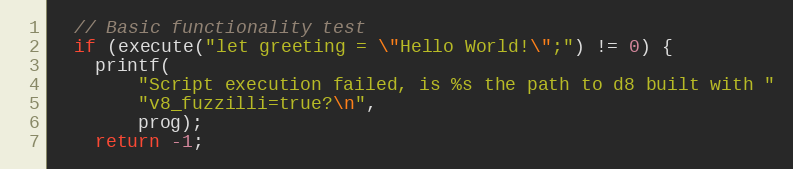
Language: C++
  // Basic functionality test
  if (execute("let greeting = \"Hello World!\";") != 0) {
    printf(
        "Script execution failed, is %s the path to d8 built with "
        "v8_fuzzilli=true?\n",
        prog);
    return -1;